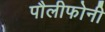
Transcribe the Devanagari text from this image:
पौलीफोनी